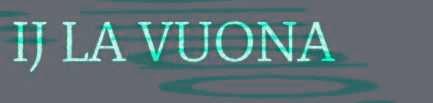
IJ LA VUONA